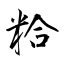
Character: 粭